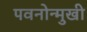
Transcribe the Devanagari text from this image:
पवनोन्मुखी